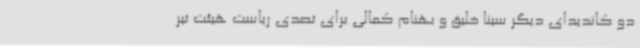
دو کاندیدای دیگر سینا خلیق و بهنام کمالی برای تصدی ریاست هیئت تیر